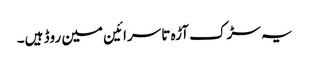
یہ سڑک آڑہ تا سرائین مین روڈ ہیں۔